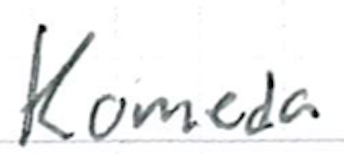
Text: Komeda
Cross-out: clean
Writing tool: ballpoint